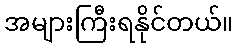
အများကြီးရနိုင်တယ်။